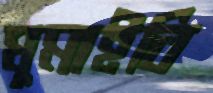
ঘুমাইবি